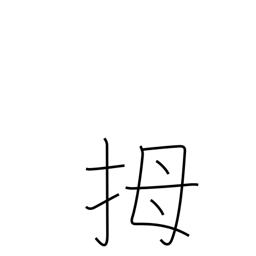
Meaning: thumb